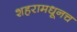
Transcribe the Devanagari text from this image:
शहरामधूनच